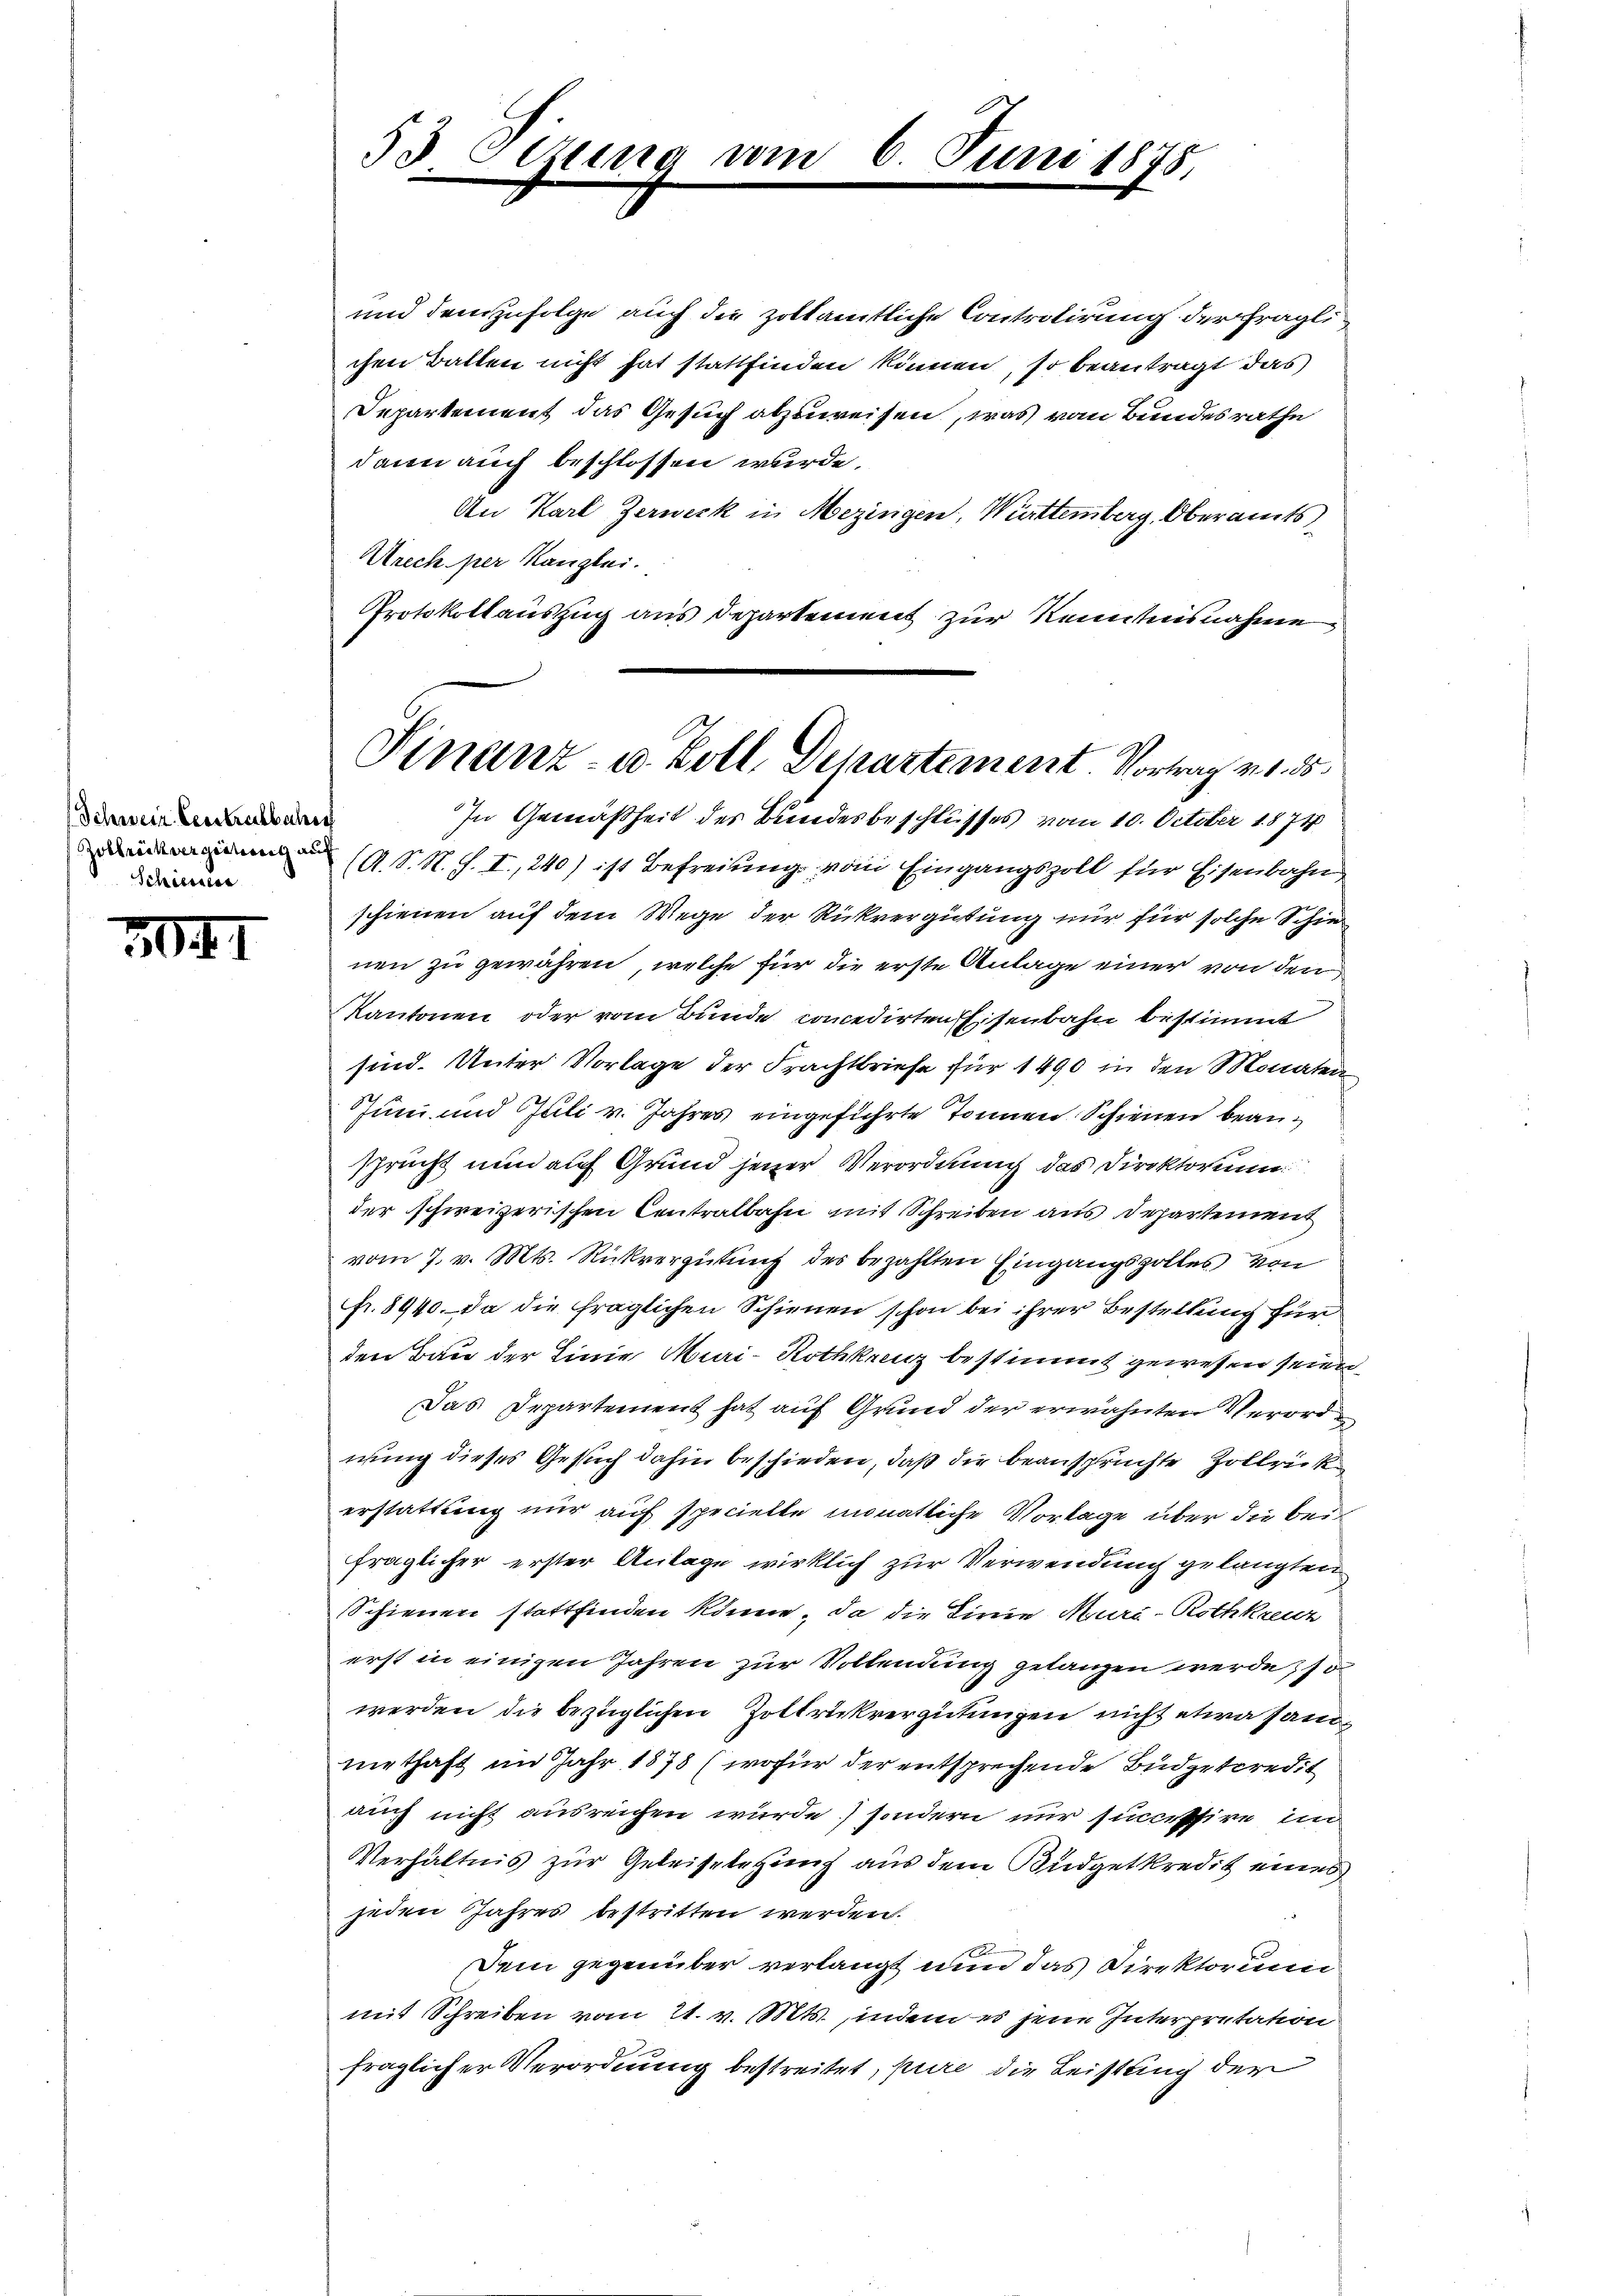
Schweiz Centralbahng
Zollrich verzeitung auf
Scheinter

304

53 Odrung

vor

und demzufolge auch die zoltamtliche Controlirung der fraglichen Batten nicht hat stattfinden können, so beantragt das
Departement das Gesuch abzuweisen, was vom Bundesrathe
dann auch beschlossen wurde.
An Karl Zerweck in Mezingen, Württemberg, Oberamts¬
Arech per Kanzlei.
Protokollauszug aus Departement zur Kenntnisnahme,
In Gemäßheit des Bundesbeschlusses vom 10. October 1874
(A. S. R. G. I., 240) ist Befreiung vom Eingangszoll für Eisenbahn
schienen auf dem Wege der Rückvergütung nur für solche Schie
nen zu gewähren, welche für die erste Anlage einer von den
Kantonen oder vom Bunde concedirten Eisenbahn bestimmt
sind. Unter Vorlage der Frachtbriefe für 1490 in den Monaten
Juni und Juli v. Jahres eingeführte Tonnen Schienen beansprucht nun auf Grund jener Verordnung das Direktorium
der schweizerischen Centralbahn mit Schreiben aus Departement
vom 7. v. Mts. Rückvergütung des bezahlten Eingangszolles von
fr. 8940. Da die fraglichen Schienen schon bei ihrer Bestellung für
den Bau der Linie Mei-Rothkreuz bestimmt gewesen seine
Das Departement hat auf Grund der erwähnten Verordnung dieses Gesuch dahin beschieden, daß die beansprüchte Zollri
erstattung nur auf specielle monatliche Vorlage über die beifraglicher erster Anlage wirklich zur Verwendung gelangten
Schienen stattfinden könne, da die Linie Muri-Rothkreuz
erst in einigen Jahren zur Vollendung gelangen werde, so
werden die bezüglichen Zoltrickvergütungen nicht etwa samnithaft im Jahr 1878 (wofür der entsprechende Budgetkredit
auch nicht ausreichen wurde sondern nur successire, in
Verhältnis zur Geleistehung aus dem Büdgetkredit eines
jeden Jahres bestritten werden.
Dem gegenüber verlangt unn das Direktorium
mit Schreiben vom 21. v. Mts., indem es jene Interpretation
fraglicher Verordnung bestreitet, pure die Leistung der

Juni 1878.

Finanz- u. Zoll, Departement Vortrag v. 1. 55.